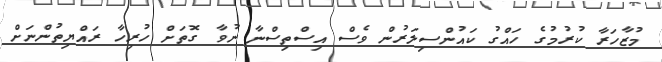
މުޒާހަރާ ކުރުމުގެ ހައްގު ކައުންސިލަރުން ވެސް އިސްތިސްނާ ނުވާ ގޮތަށް ހުރިހާ ރައްޔިތުންނަށް